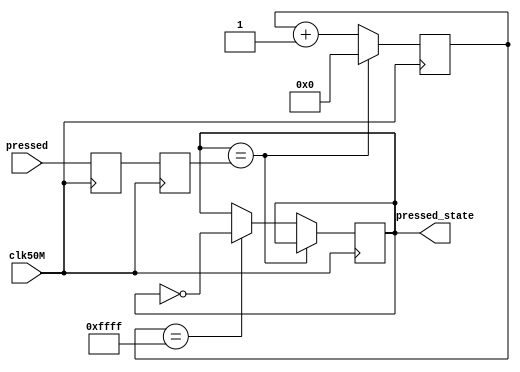
/*Button Debouncer module*/
module debouncer(clk50M,pressed,pressed_state); //works
	input clk50M;//50 MHz clock input, from PIN_P11
	input pressed;//signal from the button
	output reg pressed_state;//output the pressed_state
	
	reg PB_sync_0;
	reg PB_sync_1;
	
	always @(posedge clk50M) PB_sync_0 <= pressed;
	always @(posedge clk50M) PB_sync_1 <= PB_sync_0;

	reg[15:0] count;//make count larger if button still bounce, also need to change line 21 to the max
	
	always @(posedge clk50M)
		if(pressed_state == PB_sync_1)
			count <= 0;
		else 
			begin
				count <= count + 1'b1;
				if(count == 16'hffff) pressed_state <= ~pressed_state;
			end
endmodule